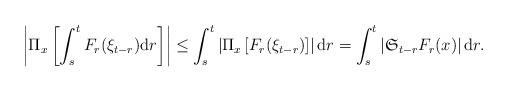
LaTeX: \begin{align*}\left|\Pi_{x}\left[\int_{s}^{t}F_{r}(\xi_{t-r}){\rm d}r\right]\right|\le \int_{s}^{t}\left|\Pi_{x}\left[F_{r}(\xi_{t-r})\right]\right|{\rm d}r=\int_{s}^{t}\left|\mathfrak{S}_{t-r}F_{r}(x)\right|{\rm d}r.\end{align*}